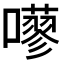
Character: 𡂕